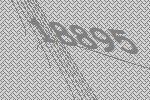
18895